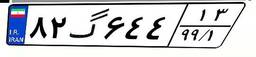
۹۵گ۱۹۶۶۲